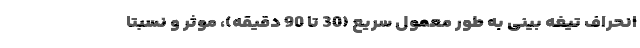
انحراف تیغه بینی به طور معمول سریع (30 تا 90 دقیقه)، موثر و نسبتا